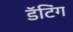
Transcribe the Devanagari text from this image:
डॅटिंग